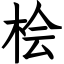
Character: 桧